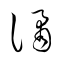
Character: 譎